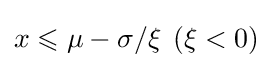
x\leqslant \mu -\sigma /\xi \,\;(\xi <0)